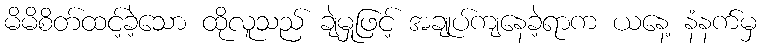
မိမိစိတ်ထင့်ခဲ့သော ထိုလူသည် ချဲမှုဖြင့် အချုပ်ကျနေခဲ့ရာက ယနေ့ နံနက်မှ